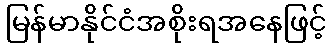
မြန်မာနိုင်ငံအစိုးရအနေဖြင့်